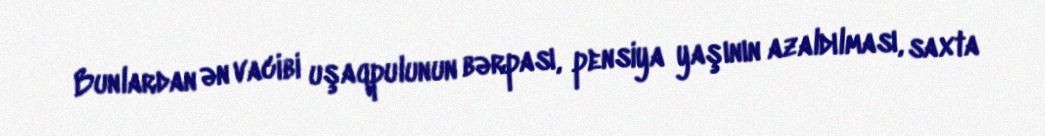
Bunlardan ən vacibi uşaqpulunun bərpası, pensiya yaşının azaldılması, saxta